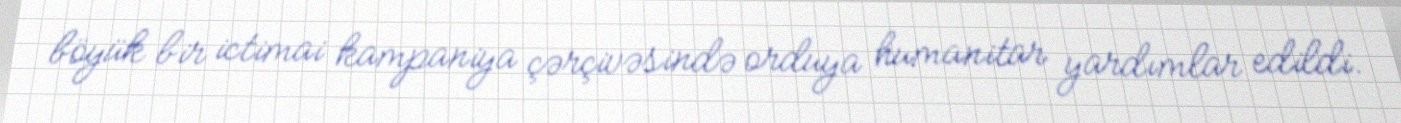
böyük bir ictimai kampaniya çərçivəsində orduya humanitar yardımlar edildi.